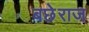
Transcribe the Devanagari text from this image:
बछेराज